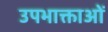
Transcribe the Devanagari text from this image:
उपभाक्ताओं